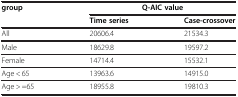
<table><thead><tr><td><b>group</b></td><td colspan="2"><b>Q-AIC value</b></td></tr><tr><td><b> </b></td><td><b>Time series</b></td><td><b>Case-crossover</b></td></tr></thead><tbody><tr><td>All</td><td>20606.4</td><td>21534.3</td></tr><tr><td>Male</td><td>18629.8</td><td>19597.2</td></tr><tr><td>Female</td><td>14714.4</td><td>15532.1</td></tr><tr><td>Age &lt; 65</td><td>13963.6</td><td>14915.0</td></tr><tr><td>Age &gt; =65</td><td>18955.8</td><td>19810.3</td></tr></tbody></table>